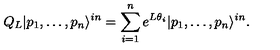
Q _ { L } | p _ { 1 } , \dots , p _ { n } \rangle ^ { i n } = \sum _ { i = 1 } ^ { n } e ^ { L \theta _ { i } } | p _ { 1 } , \dots , p _ { n } \rangle ^ { i n } .